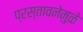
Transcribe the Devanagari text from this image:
प्रस्तावनेमुळे